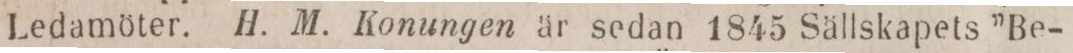
Ledamöter. H. M. Konungen är sedan 1845 Sällskapets ”Be-